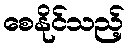
စေနိုင်သည့်